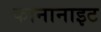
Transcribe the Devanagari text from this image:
कानानाइट